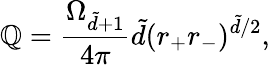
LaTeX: \mathbb{Q}=\frac{{\Omega_{\tilde{{d}}+1}}}{{4\pi}}\tilde{{d}}(r_{+}r_{-})^{\tilde{{d}}/2},